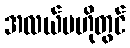
အလယ်ဗဟိုတွင်